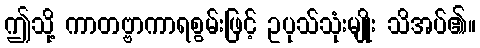
ဤသို့ ကာတဗ္ဗာကာရစွမ်းဖြင့် ဥပုသ်သုံးမျိုး သိအပ်၏။